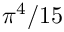
\pi ^ { 4 } / 1 5